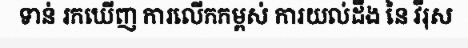
ទាន់ រកឃើញ ការលើកកម្ពស់ ការយល់ដឹង នៃ វីរុស